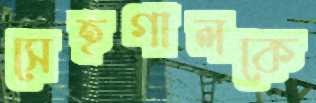
সেহগালকে